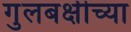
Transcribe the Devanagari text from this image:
गुलबक्षीच्या